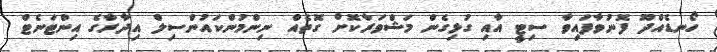
ހޯނޑެއްދޫ ފޮނުވާފައިވާ ސިޓީ އާއި ގުޅިގެން މަޝްވަރާކޮށް ގޮތެއް ނިންމުންކައުންސިލް އިދާރާގެ އިންޓަނެޓް